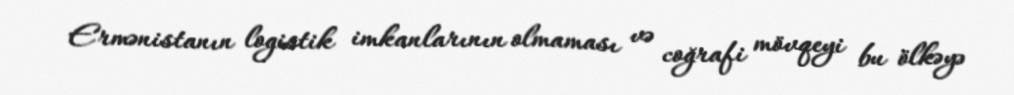
Ermənistanın logistik imkanlarının olmaması və coğrafi mövqeyi bu ölkəyə